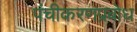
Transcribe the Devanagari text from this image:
पंचीकरणप्रबोध